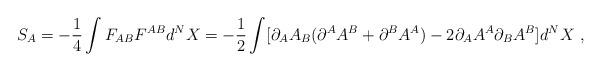
LaTeX: \begin{align*}S_A = - \frac{1}{4}\int F_{AB}F^{AB} d^NX = - \frac{1}{2}\int [\partial_A A_B (\partial^A A^B + \partial^B A^A) - 2\partial_A A^A\partial_B A^B] d^NX ~,\end{align*}